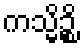
ကသ္မိဉ္စိ